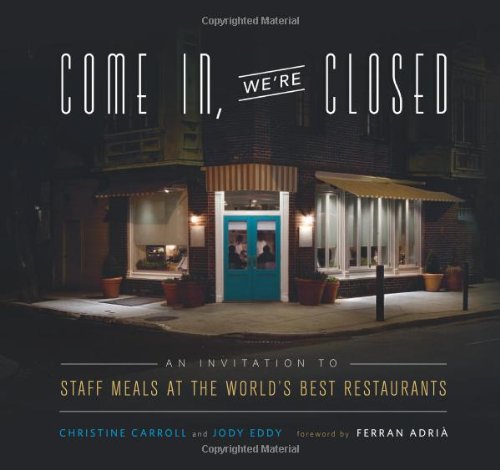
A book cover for Come In, We're Closed: An Invitation to Staff Meals at the World's Best Restaurants; Christine Carroll; Cookbooks, Food & Wine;